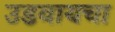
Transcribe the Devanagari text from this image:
उडवायचा